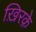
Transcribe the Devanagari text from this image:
ख़िरक़े